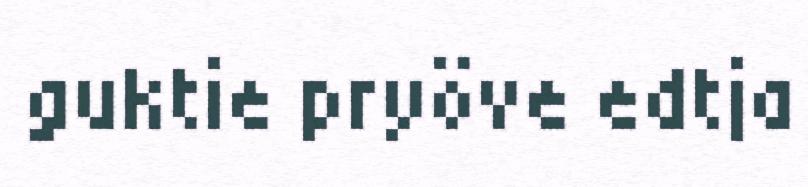
guktie pryöve edtja